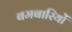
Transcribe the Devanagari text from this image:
बमबारियों